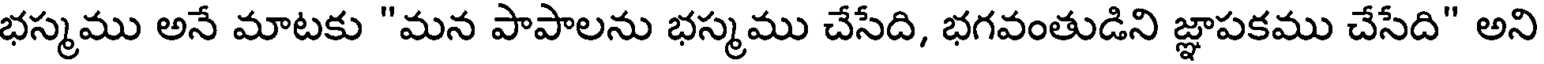
భస్మము అనే మాటకు "మన పాపాలను భస్మము చేసేది, భగవంతుడిని జ్ఞాపకము చేసేది" అని